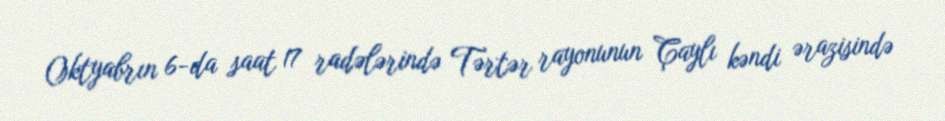
Oktyabrın 6-da saat 17 radələrində Tərtər rayonunun Çaylı kəndi ərazisində